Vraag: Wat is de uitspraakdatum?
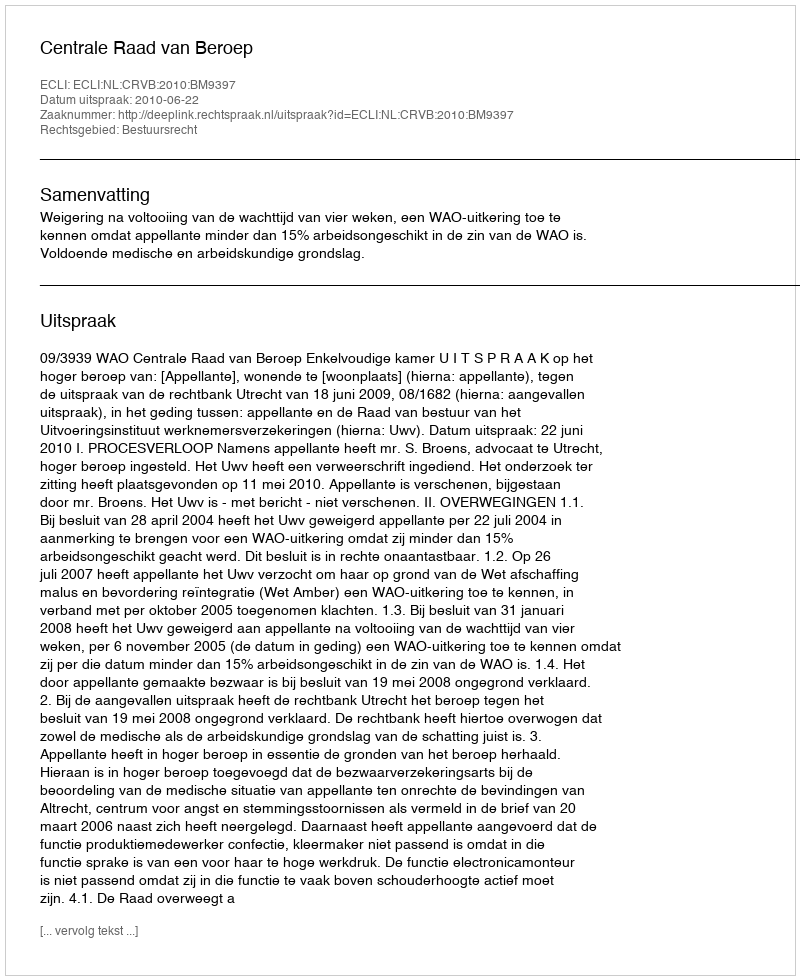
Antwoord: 2010-06-22